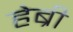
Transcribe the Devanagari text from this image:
हेब्री